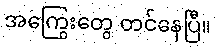
အကြွေးတွေ တင်နေပြီ။